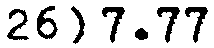
26) 7.77